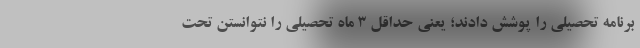
برنامه تحصیلی را پوشش دادند؛ یعنی حداقل ۳ ماه تحصیلی را نتوانستن تحت